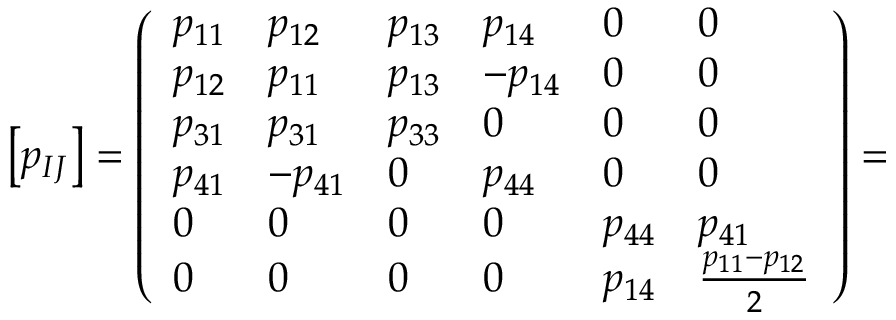
\left[ p _ { I J } \right] = \left( \begin{array} { l l l l l l } { p _ { 1 1 } } & { p _ { 1 2 } } & { p _ { 1 3 } } & { p _ { 1 4 } } & { 0 } & { 0 } \\ { p _ { 1 2 } } & { p _ { 1 1 } } & { p _ { 1 3 } } & { - p _ { 1 4 } } & { 0 } & { 0 } \\ { p _ { 3 1 } } & { p _ { 3 1 } } & { p _ { 3 3 } } & { 0 } & { 0 } & { 0 } \\ { p _ { 4 1 } } & { - p _ { 4 1 } } & { 0 } & { p _ { 4 4 } } & { 0 } & { 0 } \\ { 0 } & { 0 } & { 0 } & { 0 } & { p _ { 4 4 } } & { p _ { 4 1 } } \\ { 0 } & { 0 } & { 0 } & { 0 } & { p _ { 1 4 } } & { \frac { p _ { 1 1 } - p _ { 1 2 } } { 2 } } \end{array} \right) =